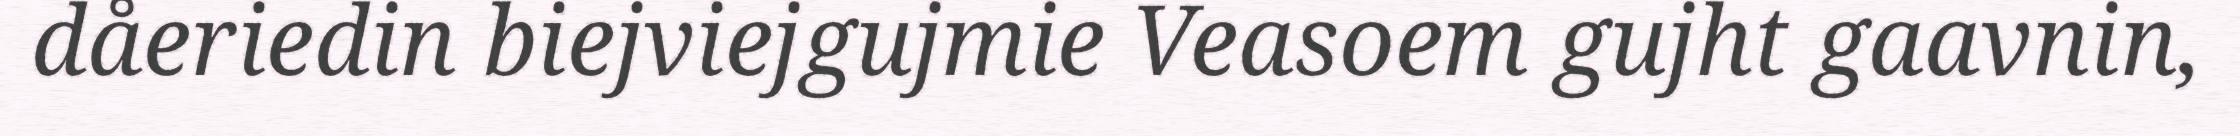
dåeriedin biejviejgujmie Veasoem gujht gaavnin,